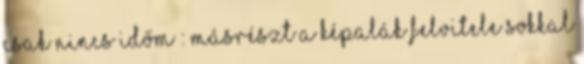
csak nincs időm : Másrészt a képalák felvitele sokkal